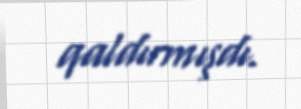
qaldırmışdı.